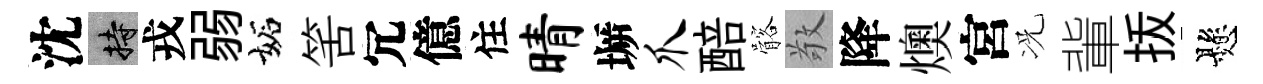
沈持戎弱妬筈冗億住晴󶱲爪醅髂敬降燠宮况軰㧞懸